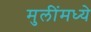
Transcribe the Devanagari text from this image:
मुलींमध्ये